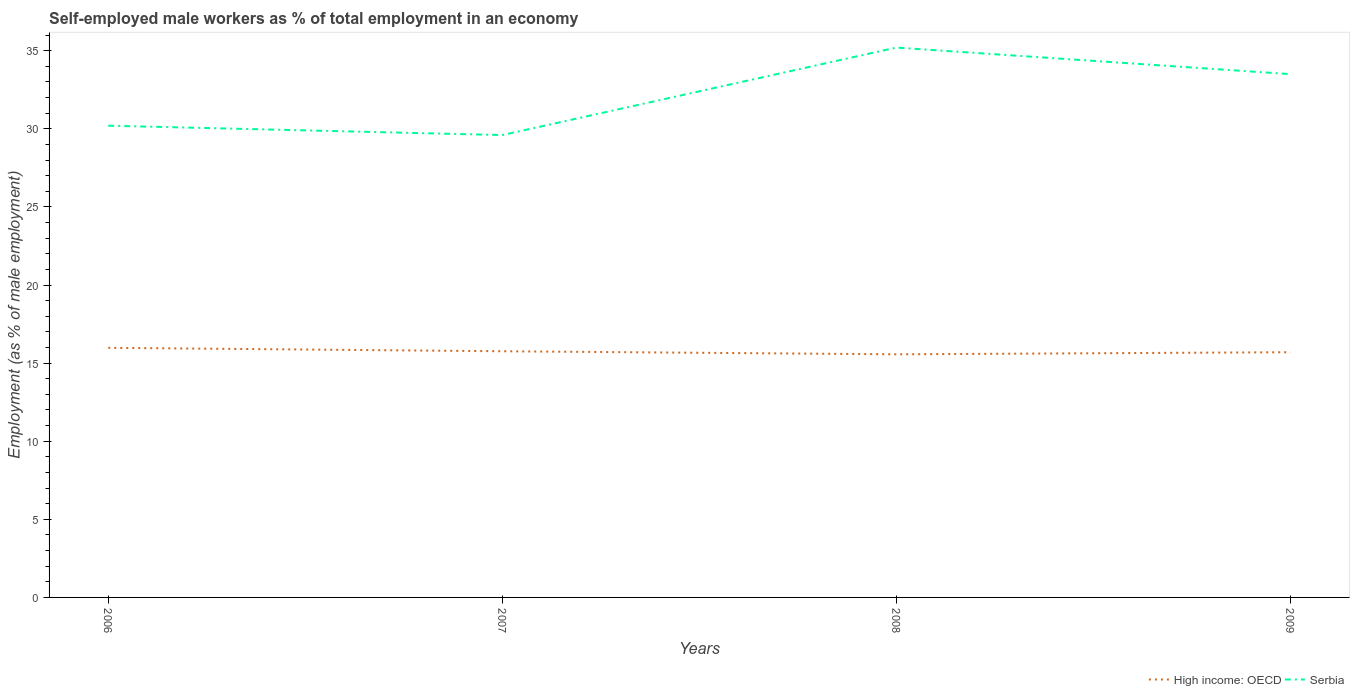
| Years | High income: OECD | Serbia |
 | --- | --- | --- |
 | 2006 | 16 | 30.2 |
 | 2007 | 15.8 | 29.6 |
 | 2008 | 15.6 | 35.2 |
 | 2009 | 15.7 | 33.5 |